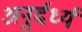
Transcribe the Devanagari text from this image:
अनुर्दर्ध्य